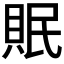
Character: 𮚀